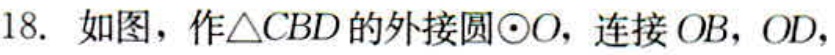
18. 如图，作\(\triangle CBD\)的外接圆\(\odot O\)，连接 \(OB\)，\(OD\)，